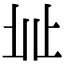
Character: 𣥠